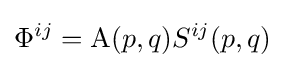
\Phi ^{ij}=\mathrm {A} (p,q)S^{ij}(p,q)